Mental hospitals Bombay report 1921-28 - 1921-1928
Year: 1921
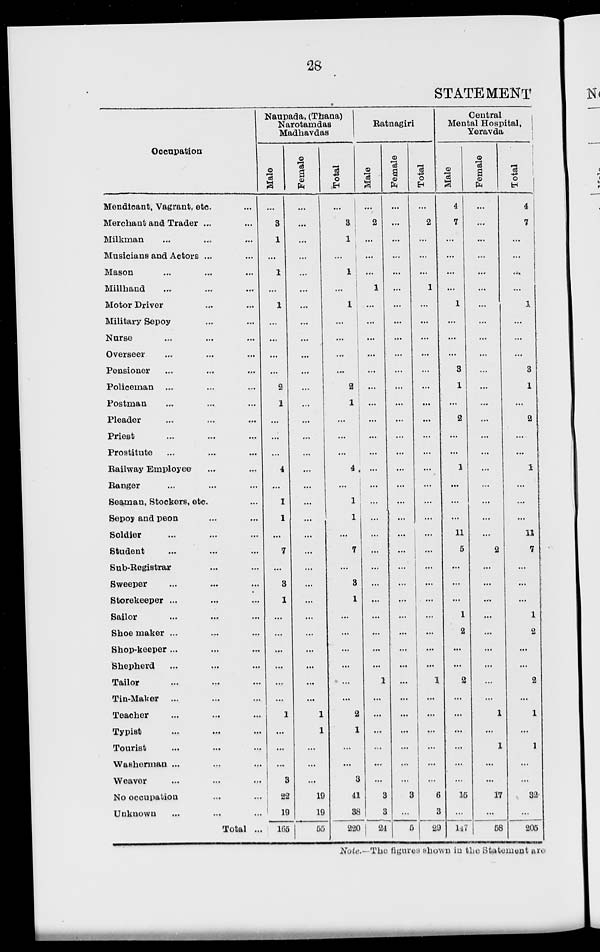
28
STATEMENT
Occupation
Mendicant, Vagrant, etc. ...
Merchant and Trader ... ...
Milkman ... ... ...
Musicians and Actors ... ...
Mason ... ... ...
Millhand ... ... ...
Motor Driver ... ...
Military Sepoy ... ...
Nurse ... ... ...
Overseer ... ... ...
Pensioner ... ... ...
Policeman ... ... ...
Postman ... ... ...
Pleader ... ... ...
Priest ... ... ...
Prostitute ... ... ...
Railway Employee ... ...
Ranger ... ... ...
Seaman, Stockers, etc. ...
Sepoy and peon ... ...
Soldier ... ... ...
Student ... ... ...
Sub-Registrar ... ...
Sweeper ... ... ...
Storekeeper ... ... ...
Sailor ... ... ...
Shoe maker ... ... ...
Shop-keeper ... ... ...
Shepherd ... ... ...
Tailor ... ... ...
Tin-Maker ... ... ...
Teacher ... ... ...
Typist ... ... ...
Tourist ... ... ...
Washerman ... ... ...
Weaver ... ... ...
No occupation ... ...
Unknown ... ... ...
Total ...
Naupada, (Thana)
Narotamdas
Madhavdas
Male
...
3
1
...
1
...
1
...
...
...
...
2
1
...
...
...
4
...
1
1
...
7
...
3
1
...
...
...
...
...
...
1
...
...
...
3
22
19
165
Female
...
...
...
...
...
...
...
...
...
...
...
...
...
...
...
...
...
...
...
...
...
...
...
...
...
...
...
...
...
...
...
1
1
...
...
...
19
19
55
Total
...
3
1
...
1
...
1
...
...
...
...
2
1
...
...
...
4
...
1
1
...
7
...
3
1
...
...
...
...
...
...
2
1
...
...
3
41
38
220
Ratnagiri
Male
...
2
...
...
...
1
...
...
...
...
...
...
...
...
...
...
...
...
...
...
...
...
...
...
...
...
...
...
...
1
...
...
...
...
...
...
3
3
24
Female
...
...
...
...
...
...
...
...
...
...
...
...
...
...
...
...
...
...
...
...
...
...
...
...
...
...
...
...
...
...
...
...
...
...
...
...
3
...
5
Total
...
2
...
...
...
1
...
...
...
...
...
...
...
...
...
...
...
...
...
...
...
...
...
...
...
...
...
...
...
1
...
...
...
...
...
...
6
3
29
Central
Mental Hospital,
Yeravda
Male
4
7
...
...
...
...
1
...
...
...
3
1
...
2
...
...
1
...
...
...
11
5
...
...
...
1
2
...
...
2
...
...
...
...
...
...
15
...
147
Female
...
...
...
...
...
...
...
...
...
...
...
...
...
...
...
...
...
...
...
...
...
2
...
...
...
...
...
...
...
...
...
1
...
1
...
...
17
...
58
Total
4
7
...
...
...
...
1
...
...
...
3
1
...
2
...
...
1
...
...
...
11
7
...
...
...
1
2
...
...
2
...
1
...
1
...
...
32
...
205
Note.- The figures shown in the Statement are